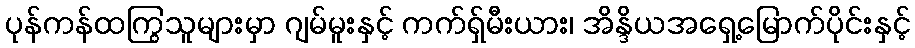
ပုန်ကန်ထကြွသူများမှာ ဂျမ်မူးနှင့် ကက်ရှ်မီးယား၊ အိန္ဒိယအရှေ့မြောက်ပိုင်းနှင့်